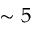
\sim 5